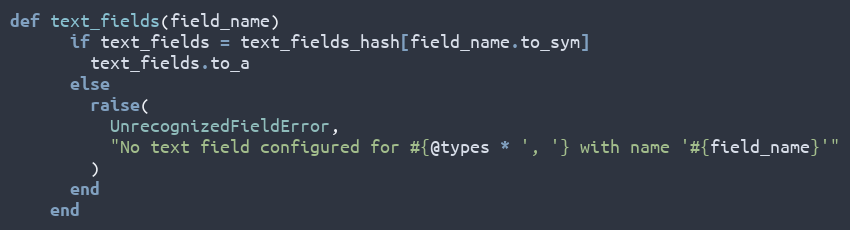
Language: Ruby
def text_fields(field_name)
      if text_fields = text_fields_hash[field_name.to_sym]
        text_fields.to_a
      else
        raise(
          UnrecognizedFieldError,
          "No text field configured for #{@types * ', '} with name '#{field_name}'"
        )
      end
    end